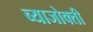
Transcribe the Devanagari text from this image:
व्याजोक्ती